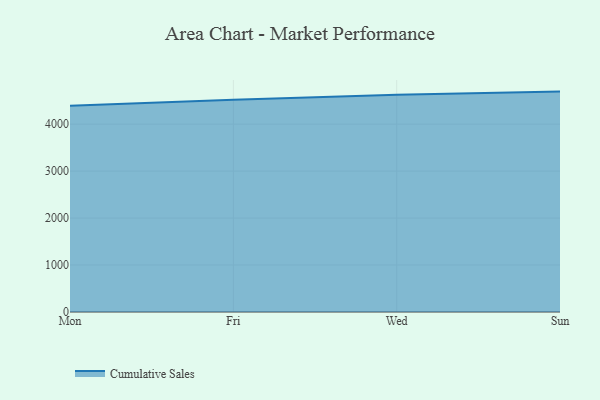
{"axis": {"x": "Day", "y": "Market Share (%)"}, "legend": ["Cumulative Sales"], "data": [{"x": "Mon", "y": 4393.2, "type": "Cumulative Sales"}, {"x": "Fri", "y": 4520.2, "type": "Cumulative Sales"}, {"x": "Wed", "y": 4627.4, "type": "Cumulative Sales"}, {"x": "Sun", "y": 4692.6, "type": "Cumulative Sales"}]}